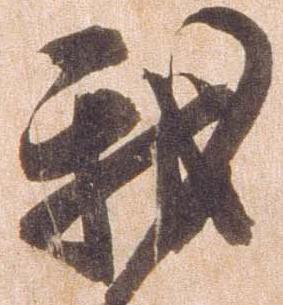
我